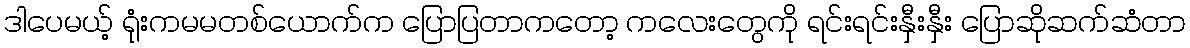
ဒါပေမယ့် ရုံးကမမတစ်ယောက်က ပြောပြတာကတော့ ကလေးတွေကို ရင်းရင်းနှီးနှီး ပြောဆိုဆက်ဆံတာ